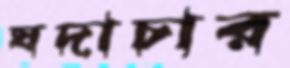
যদাচার